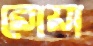
রোয়া